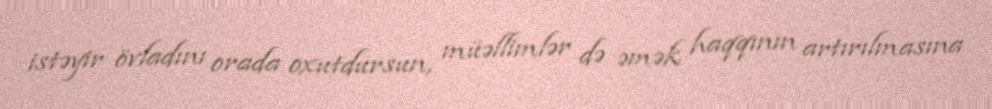
istəyir övladını orada oxutdursun, müəllimlər də əmək haqqının artırılmasına